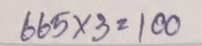
665 x 3 = 100